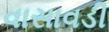
વાસાવડી